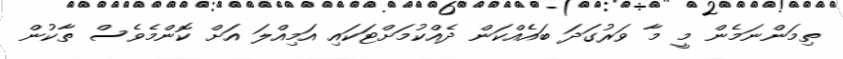
ތިމަންނަމެން މީ މާ ވަރުގަދަ ބައެއްކަން ދެއްކުމަށްޓަކައި އަމިއްލަ އަށް ކޮންމެވެސް ތާކުން